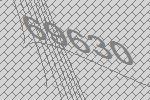
69630